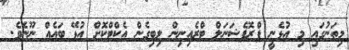
މިތަނުގައި މި އުޅެނީ ޕްރޮފެޝަނަލް ޓްރެއިނިން ލިބިގެން އެކްޓްކޮށް އުޅޭ ބައެއް ނޫނެވެ.